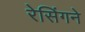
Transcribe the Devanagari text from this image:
रेसिंगने